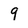
Character: 9